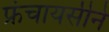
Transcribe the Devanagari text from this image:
फ्रंचायसीने